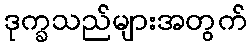
ဒုက္ခသည်များအတွက်